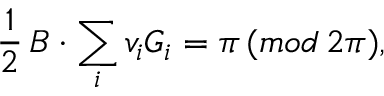
\frac { 1 } { 2 } \, \boldsymbol { B } \cdot \sum _ { i } v _ { i } \boldsymbol { G } _ { i } = \pi \, ( m o d \, 2 \pi ) ,